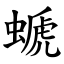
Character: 螔